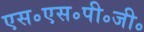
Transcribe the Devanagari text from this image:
एस॰एस॰पी॰जी॰